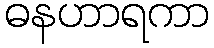
ဓနဟာရကာ